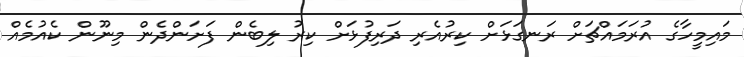
މައިމީހާގެ އުރަމައްޗަށް ރަނގަޅަށް ކިރުއެރި ދަރިފުޅަށް ކިރު ލިބެން ފަށަންދެން މިނޫން ކެއުމެއް